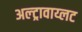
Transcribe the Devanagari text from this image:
अल्ट्रावाय्लट